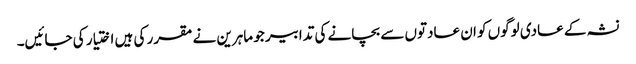
نشہ کے عادی لوگوں کو ان عادتوں سے بچانے کی تدابیر جو ماہرین نے مقرر کی ہیں اختیار کی جائیں۔